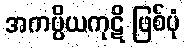
အကပ္ပိယကုဋိ ဖြစ်ပုံ